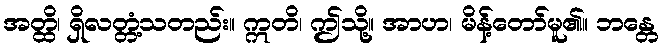
အတ္ထိ၊ ရှိလတ္တံ့သတည်း။ ဣတိ၊ ဤသို့။ အာဟ၊ မိန့်တော်မူ၏။ ဘန္တေ